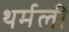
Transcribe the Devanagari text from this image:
थर्मली